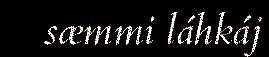
sæmmi láhkáj